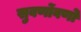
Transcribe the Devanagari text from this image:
सुवर्णोवर्णो